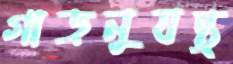
গাড়নুযন্ত্